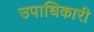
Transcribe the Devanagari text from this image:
उपाधिकारी